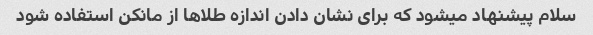
سلام پیشنهاد میشود که برای نشان دادن اندازه طلاها از مانکن استفاده شود